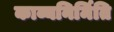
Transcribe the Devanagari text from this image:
काव्यनिर्मिति